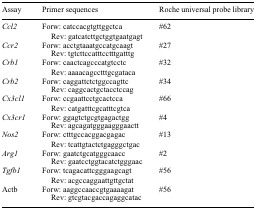
| Assay | Primer sequences | Roche universal probe library |
 | --- | --- | --- |
 | Ccl2 | Forw: catccacgtgttggctcaRev: gatcatcttgctggtgaatgagt | #62 |
 | Ccr2 | Forw: acctgtaaatgccatgcaagtRev: tgtcttccatttcctttgatttg | #27 |
 | Crb1 | Forw: caactcagcccatgtcctcRev: aaaacagcctttgcgataca | #32 |
 | Crb2 | Forw: caggattctctggccagttcRev: caggcactgctacctccag | #34 |
 | Cx3cl1 | Forw: ccgaattcctgcactccaRev: catgatttcgcatttcgtca | #66 |
 | Cx3cr1 | Forw: ggagtctgcgtgagactggRev: agcagatgggaagggaactt | #4 |
 | Nos2 | Forw: ctttgccacggacgagacRev: tcattgtactctgagggctgac | #13 |
 | Arg1 | Forw: gaatctgcatgggcaaccRev: gaatcctggtacatctgggaac | #2 |
 | Tgfb1 | Forw: tcagacattcgggaagcagtRev: acgccaggaattgttgctat | #56 |
 | Actb | Forw: aaggccaaccgtgaaaagatRev: gtcgtacgaccagaggcatac | #56 |